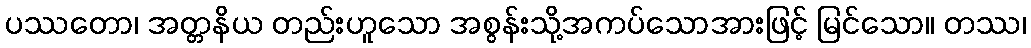
ပဿတော၊ အတ္တနိယ တည်းဟူသော အစွန်းသို့အကပ်သောအားဖြင့် မြင်သော။ တဿ၊